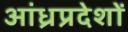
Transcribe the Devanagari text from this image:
आंध्रप्रदेशों